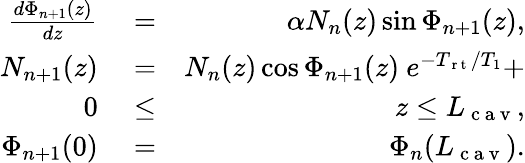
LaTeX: \begin{array}{rlr}{\frac{d\Phi_{n+1}(z)}{dz}}&{{}=}&{\alpha N_{n}(z)\sin\Phi_{n+1}(z),}\\ {N_{n+1}(z)}&{{}=}&{N_{n}(z)\cos\Phi_{n+1}(z)\ e^{-T_{\mathrm{~r~t~}}/T_{1}}+}\\ {0}&{{}\le}&{z\le L_{\mathrm{~c~a~v~}},}\\ {\Phi_{n+1}(0)}&{{}=}&{\Phi_{n}(L_{\mathrm{~c~a~v~}}).}\end{array}